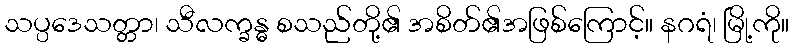
သပ္ပဒေသတ္တာ၊ သီလက္ခန္ဓ စသည်တို့၏ အစိတ်၏အဖြစ်ကြောင့်။ နဂရံ၊ မြို့ကို။